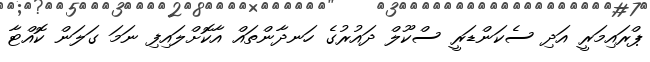
ޕްރައިމަރީ އަދި ސެކަންޑަރީ ސްކޫލް ދައުރުގެ ހަނދާންތައް އާކޮށްލައިފި ނަމަ ގަލަން ކޮއްޓާ